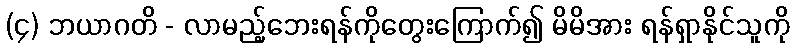
(၄) ဘယာဂတိ - လာမည့်ဘေးရန်ကိုတွေးကြောက်၍ မိမိအား ရန်ရှာနိုင်သူကို